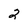
Character: 2